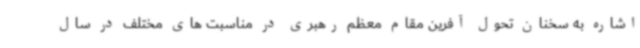
اشاره به سخنان تحول آفرین مقام معظم رهبری در مناسبت های مختلف در سال